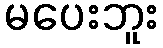
မပေးဘူး